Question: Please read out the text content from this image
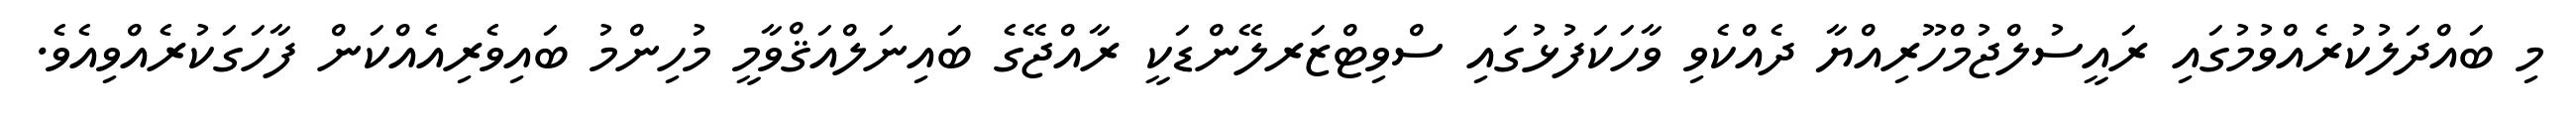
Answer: މި ބައްދަލުކުރެއްވުމުގައި ރައީސުލްޖުމްހޫރިއްޔާ ދެއްކެވި ވާހަކަފުޅުގައި ސްވިޓްޒަރލޭންޑަކީ ރާއްޖޭގެ ބައިނަލްއަޤްވާމީ މުހިންމު ބައިވެރިއެއްކަން ފާހަގަކުރެއްވިއެވެ.